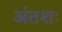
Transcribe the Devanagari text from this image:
अंतशः